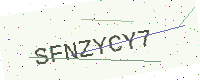
Text: SFNZYCY7